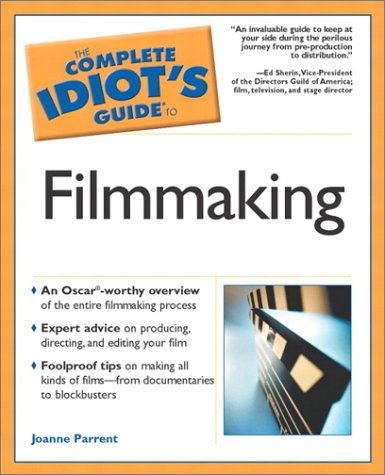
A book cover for The Complete Idiot's Guide to Filmmaking; Joanne Parrent; Humor & Entertainment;